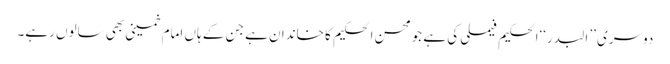
دوسری ’’البدر‘‘الحکیم فیملی کی ہے جو محسن الحکیم کا خاندان ہے جن کے ہاں امام خمینی بھی سالوں رہے۔